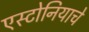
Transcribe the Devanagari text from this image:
एस्टोनियाचे